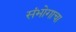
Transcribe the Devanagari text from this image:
संभोगाचा